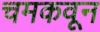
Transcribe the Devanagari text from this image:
चमकवून